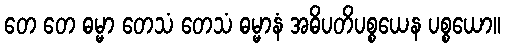
တေ တေ ဓမ္မာ တေသံ တေသံ ဓမ္မာနံ အဓိပတိပစ္စယေန ပစ္စယော။